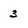
Character: 3